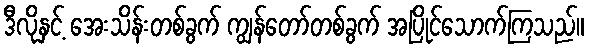
ဒီလိုနှင့် အေးသိန်းတစ်ခွက် ကျွန်တော်တစ်ခွက် အပြိုင်သောက်ကြသည်။